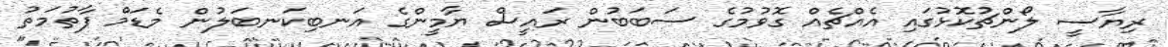
ރިޔާސީ ލޯންޗުކޮޅުގައި އެއްޗެއް ގޮވުމުގެ ސަބަބުން ރައީސް ޔާމީންގެ އަނބިކަނބަލުން މެޑަމް ފާތުމަތު